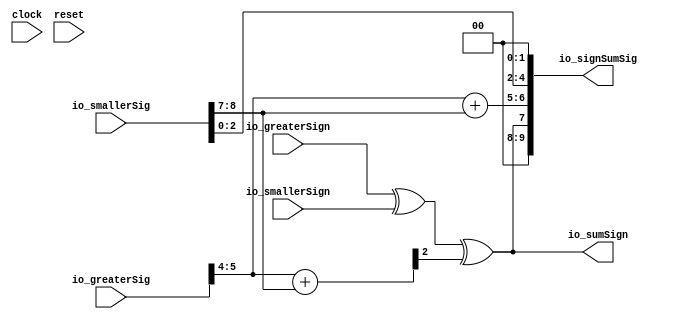
module PAdder4_8_1(
  input        clock,
  input        reset,
  input  [5:0] io_greaterSig,
  input  [8:0] io_smallerSig,
  input        io_greaterSign,
  input        io_smallerSign,
  output [9:0] io_signSumSig,
  output       io_sumSign
);
  wire [1:0] _T; // @[PAdder.scala 22:34]
  wire [1:0] _T_1; // @[PAdder.scala 22:67]
  wire [2:0] rawSumSig; // @[PAdder.scala 22:50]
  wire  _T_2; // @[PAdder.scala 24:36]
  wire  _T_3; // @[PAdder.scala 24:69]
  wire [1:0] _T_5; // @[PAdder.scala 25:51]
  wire [2:0] _T_6; // @[PAdder.scala 25:69]
  wire [7:0] _T_9; // @[Cat.scala 29:58]
  assign _T = io_greaterSig[5:4]; // @[PAdder.scala 22:34]
  assign _T_1 = io_smallerSig[8:7]; // @[PAdder.scala 22:67]
  assign rawSumSig = _T + _T_1; // @[PAdder.scala 22:50]
  assign _T_2 = io_greaterSign ^ io_smallerSign; // @[PAdder.scala 24:36]
  assign _T_3 = rawSumSig[2:2]; // @[PAdder.scala 24:69]
  assign _T_5 = _T + _T_1; // @[PAdder.scala 25:51]
  assign _T_6 = io_smallerSig[2:0]; // @[PAdder.scala 25:69]
  assign _T_9 = {io_sumSign,_T_5,_T_6,2'h0}; // @[Cat.scala 29:58]
  assign io_signSumSig = {{2'd0}, _T_9}; // @[PAdder.scala 25:18]
  assign io_sumSign = _T_2 ^ _T_3; // @[PAdder.scala 24:18]
endmodule